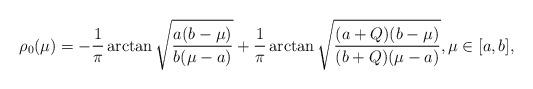
LaTeX: \begin{align*}\rho_0(\mu)=-\frac{1}{\pi}\arctan\sqrt{\frac{a(b-\mu)}{b(\mu-a)}} +\frac{1}{\pi}\arctan\sqrt{\frac{(a+Q)(b-\mu)}{(b+Q)(\mu-a)}},\mu \in[a,b],\end{align*}